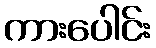
ကားပေါင်း